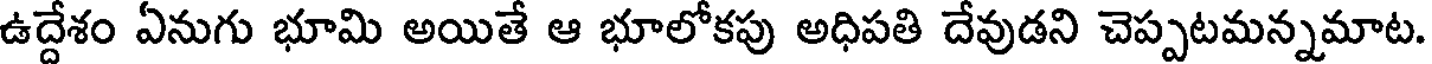
ఉద్దేశం ఏనుగు భూమి అయితే ఆ భూలోకపు అధిపతి దేవుడని చెప్పటమన్నమాట.